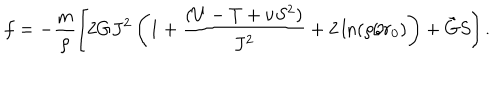
f = - \frac { m } { \rho } \left[ 2 G J ^ { 2 } \left( 1 + \frac { ( U - T + \nu S ^ { 2 } ) } { J ^ { 2 } } + 2 \ln ( \rho / r _ { 0 } ) \right) + \tilde { G } S \right] .